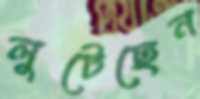
লুটেছেন